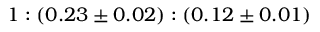
1 : ( 0 . 2 3 \pm 0 . 0 2 ) : ( 0 . 1 2 \pm 0 . 0 1 )